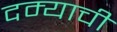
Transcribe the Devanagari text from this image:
दम्याची